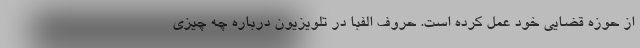
از حوزه قضایی خود عمل کرده است. حروف الفبا در تلویزیون درباره چه چیزی